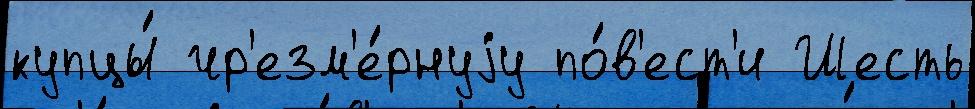
купцы́ чр'езм'е́рнуjу по́в'ест'и Шесть